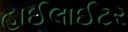
હાઈલાઈટર